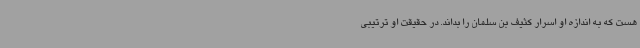
هست که به اندازه او اسرار کثیف بن سلمان را بداند. در حقیقت او ترتیبی